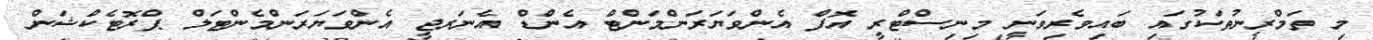
މި ތަމްރީނުތަކުގައި ބައިވެރިވަނީ މިނިސްޓްރީ އޮފް އެންވަޔަރަންމަންޓް އެންޑް އެނަރޖީ އެންވަޔަރަންމެންޓަލް ޕްރޮޓެކްޝަން